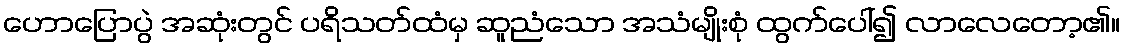
ဟောပြောပွဲ အဆုံးတွင် ပရိသတ်ထံမှ ဆူညံသော အသံမျိုးစုံ ထွက်ပေါ်၍ လာလေတော့၏။